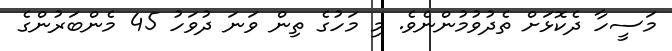
މަސީހާ ދެކޮޅަށް ތެދުވުމުންނެވެ. މި މަހުގެ ތިން ވަނަ ދުވަހު 45 މެންބަރުންގެ